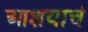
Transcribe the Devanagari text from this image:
आशयाचं